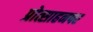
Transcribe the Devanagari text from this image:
प्रोत्साहनपर